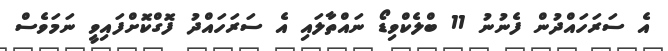
އެ ސަރަހައްދުން ފެނުނު 11 ބްލެކްވިޑޯ ނައްތާލައި އެ ސަރަހައްދު ފޮގްކޮށްފައިވީ ނަމަވެސް